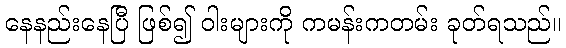
နေနည်းနေပြီ ဖြစ်၍ ဝါးများကို ကမန်းကတမ်း ခုတ်ရသည်။